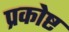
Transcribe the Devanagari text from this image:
प्रकोष्ट